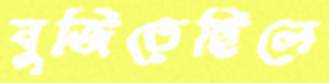
বুজিতেছিলে